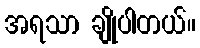
အရသာ ချိုပါတယ်။